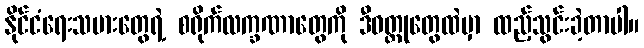
နိုင်ငံရေးသမားတွေရဲ့ စရိုက်လက္ခဏာတွေကို ဒီဝတ္ထုတွေထဲမှာ ထည့်သွင်းခဲ့တာပါ။